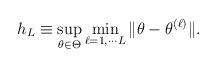
LaTeX: \begin{align*}h_L\equiv \sup_{\theta\in\Theta}\min_{\ell=1,\cdots L}\|\theta-\theta^{(\ell)}\|.\end{align*}